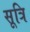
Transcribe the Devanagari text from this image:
सूत्रि